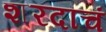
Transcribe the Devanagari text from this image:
शरदाचं